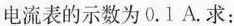
电流表的示数为0.1A.求：